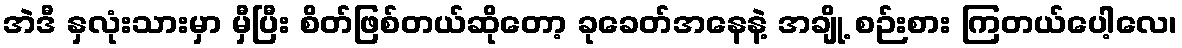
အဲဒီ နှလုံးသားမှာ မှီပြီး စိတ်ဖြစ်တယ်ဆိုတော့ ခုခေတ်အနေနဲ့ အချို့ စဉ်းစား ကြတယ်ပေါ့လေ၊